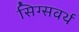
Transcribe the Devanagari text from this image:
सिग्सवर्थ